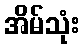
အိမ်သုံး